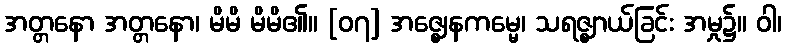
အတ္တနော အတ္တနော၊ မိမိ မိမိ၏။ [၀၇] အဇ္ဈေနကမ္မေ၊ သရဇ္ဈာယ်ခြင်း အမှု၌။ ဝါ၊